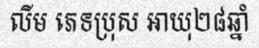
លីម ភេទប្រុស អាយុ២៨ឆ្នាំ